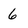
Character: 6